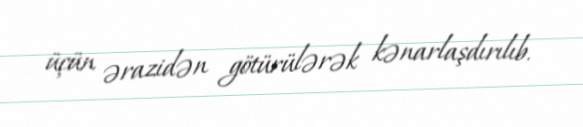
üçün ərazidən götürülərək kənarlaşdırılıb.